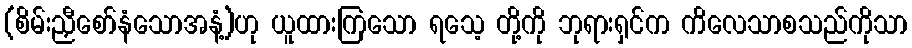
(စိမ်းညှီစော်နံသောအနံ့)ဟု ယူထားကြသော ရသေ့ တို့ကို ဘုရားရှင်က ကိလေသာစသည်ကိုသာ